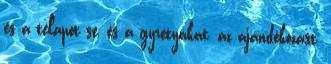
és a télapót se, és a gyretyákat, az ajándékozást,